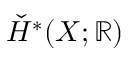
{ \check { H } } ^ { * } ( X ; \mathbb { R } )